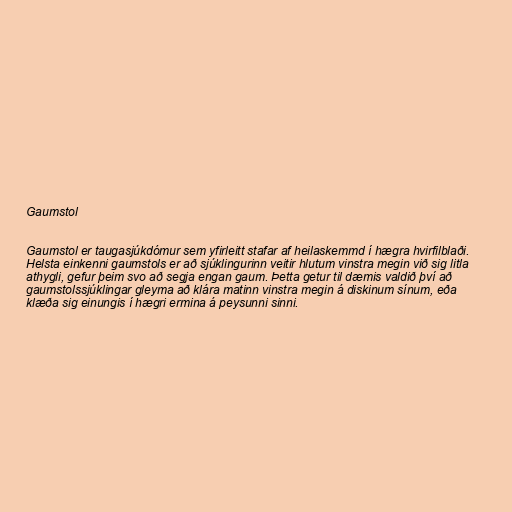
Gaumstol

Gaumstol er taugasjúkdómur sem yfirleitt stafar af heilaskemmd í hægra hvirfilblaði.
Helsta einkenni gaumstols er að sjúklingurinn veitir hlutum vinstra megin við sig litla
athygli, gefur þeim svo að segja engan gaum. Þetta getur til dæmis valdið því að
gaumstolssjúklingar gleyma að klára matinn vinstra megin á diskinum sínum, eða
klæða sig einungis í hægri ermina á peysunni sinni.